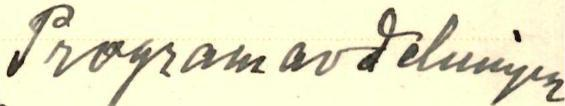
Program avdelnignen